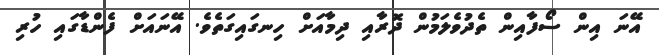
އޭނަ އިން ސޯފާއިން ތެދުވެލަމުން ދޮރާއި ދިމާއަށް ހިނގައިގަތެވެ. އޭނައަށް ފެންޑާގައި ހުރި